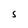
Character: S